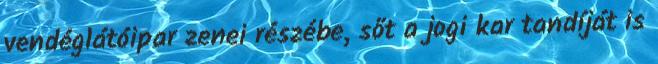
vendéglátóipar zenei részébe, sőt a jogi kar tandíját is